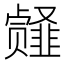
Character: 𱂎